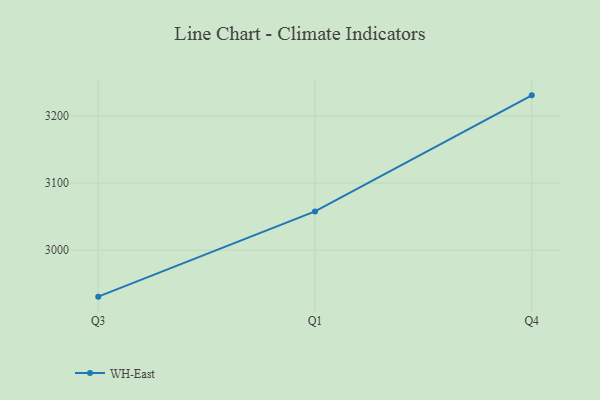
{"axis": {"x": "Quarter", "y": "Revenue (USD Million)"}, "legend": ["WH-East"], "data": [{"x": "Q3", "y": 2930.8, "type": "WH-East"}, {"x": "Q1", "y": 3057.7, "type": "WH-East"}, {"x": "Q4", "y": 3230.6, "type": "WH-East"}]}